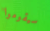
سيقوموا